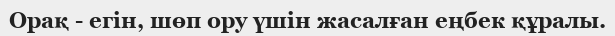
Орақ - егін, шөп ору үшін жасалған еңбек құралы.